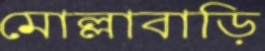
মোল্লাবাড়ি